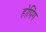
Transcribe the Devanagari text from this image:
होपिंग